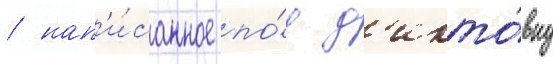
/ нап'и́санное по́д д'икто́вку